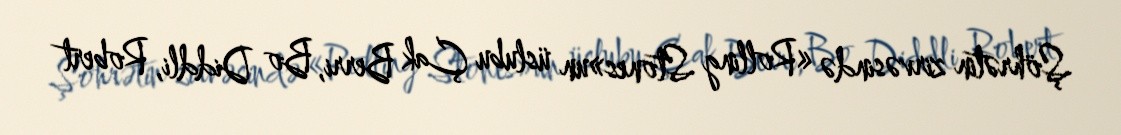
Şöhrətin zirvəsində «Rolling Stones»un üslubu Çak Berri, Bo Diddli, Robert